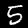
Digit: 5